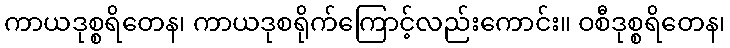
ကာယဒုစ္စရိတေန၊ ကာယဒုစရိုက်ကြောင့်လည်းကောင်း။ ဝစီဒုစ္စရိတေန၊